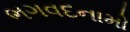
ભગવદનામો